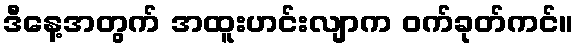
ဒီနေ့အတွက် အထူးဟင်းလျာက ဝက်ခုတ်ကင်။